Scientific memoirs by medical officers of the Army of India - Part IX,
Year: 1895
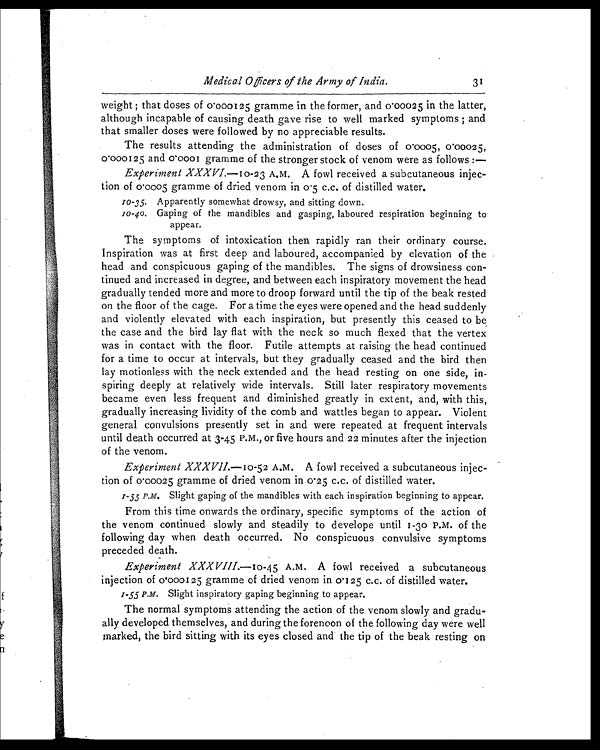
Medical Officers of the Army of India.
31
weight ; that doses of 0.000125 gramme in the former, and 0.00025 in the latter,
although incapable of causing death gave rise to well marked symptoms ; and
that smaller doses were followed by no appreciable results.
The results attending the administration of doses of 0.0005, 0.00025,
0.000125 and 0.0001 gramme of the stronger stock of venom were as follows :—
Experiment XXXVI.—10-23 A.M. A fowl received a subcutaneous injec-
tion of 0.0005 gramme of dried venom in 0.5 c.c. of distilled water.
Apparently somewhat drowsy, and sitting down.
Gaping of the mandibles and gasping, laboured respiration beginning to
appear.
The symptoms of intoxication then rapidly ran their ordinary course.
Inspiration was at first deep and laboured, accompanied by elevation of the
head and conspicuous gaping of the mandibles. The signs of drowsiness con-
tinued and increased in degree, and between each inspiratory movement the head
gradually tended more and more to droop forward until the tip of the beak rested
on the floor of the cage. For a time the eyes were opened and the head suddenly
and violently elevated with each inspiration, but presently this ceased to be
the case and the bird lay flat with the neck so much flexed that the vertex
was in contact with the floor. Futile attempts at raising the head continued
for a time to occur at intervals, but they gradually ceased and the bird then
lay motionless with the neck extended and the head resting on one side, in-
spiring deeply at relatively wide intervals. Still later respiratory movements
became even less frequent and diminished greatly in extent, and, with this,
gradually increasing lividity of the comb and wattles began to appear. Violent
general convulsions presently set in and were repeated at frequent intervals
until death occurred at 3-45 P.M., or five hours and 22 minutes after the injection
of the venom.
Experiment XXXVII.—10-52 A.M. A fowl received a subcutaneous injec-
tion of 0.00025 gramme of dried venom in 0.25 c.c. of distilled water.
Slight gaping of the mandibles with each inspiration beginning to appear.
From this time onwards the ordinary, specific symptoms of the action of
the venom continued slowly and steadily to develope until 1-30 P.M. of the
following day when death occurred. No conspicuous convulsive symptoms
preceded death.
Experiment XXXVIII.—10-45 A.M. A fowl received a subcutaneous
injection of 0.000125 gramme of dried venom in 0.125 c.c. of distilled water.
Slight inspiratory gaping beginning to appear.
The normal symptoms attending the action of the venom slowly and gradu-
ally developed themselves, and during the forenoon of the following day were well
marked, the bird sitting with its eyes closed and the tip of the beak resting on
10-35.
10-40.
1-55 P.M.
1 - 5 5 P . M .